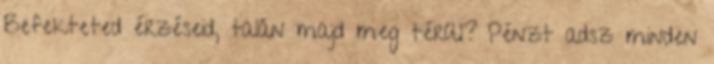
Befekteted érzéseid, talán majd meg térül? Pénzt adsz minden